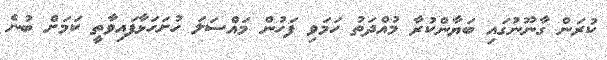
ކުރަން ގާނޫނުގައި ބަޔާންކުރާ މުއްދަތު ހަމަވި ފަހުން މައްސަލަ ހުށަހަޅާފައިވާތީ ކަމަށް ބުނެ